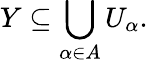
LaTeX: Y\subseteq\bigcup_{\alpha\in A}U_{\alpha}.